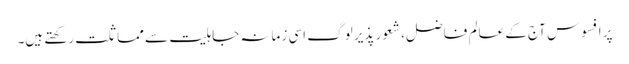
پر افسوس آج کے عالم فاضل، شعور پذیر لوگ اسی زمانہ جاہلیت سے مماثلت رکھتے ہیں۔